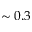
\sim 0 . 3